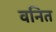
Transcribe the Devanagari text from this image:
वनित